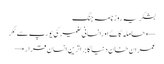
بشکریہ روزنامہ جنگ
← حاملہ گائےاورانسانی ضمیر کی یورپ سے ٹکر
عمران خان دنیا کا براترین انسان قرار →